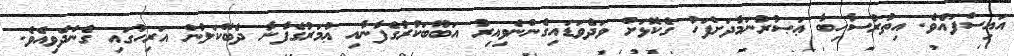
އައިސްފައެވެ. އިތުރުސާހިބާ ޢަޞުރުނަމާދަށްފަހު ގެކޮޅަށް ވަދެވަޑައިގެންނެވިއިރު އަބޫބަކުރުގެފާނާއި ޢުމަރުގެފާނާ ދެބޭކަލުން އަރިހުގައި ގެންދެވިއެވެ.